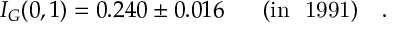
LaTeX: I _ { G } ( 0 , 1 ) = 0 . 2 4 0 \pm 0 . 0 1 6 \ \ \ \ \ \mathrm { ( i n ~ \ 1 9 9 1 ) } \ \ \ .